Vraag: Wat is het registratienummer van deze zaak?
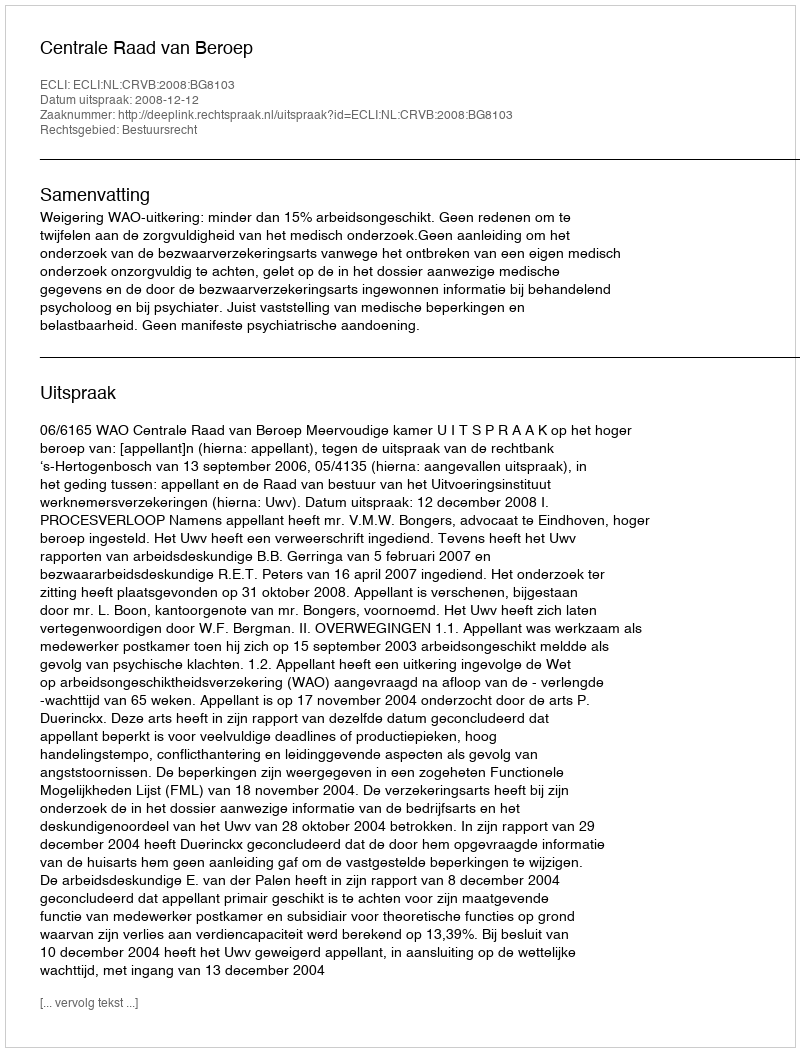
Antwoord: http://deeplink.rechtspraak.nl/uitspraak?id=ECLI:NL:CRVB:2008:BG8103